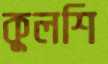
কুলশি